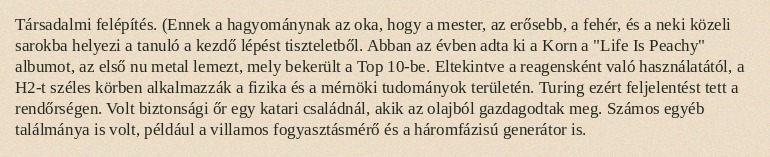
Társadalmi felépítés. (Ennek a hagyománynak az oka, hogy a mester, az erősebb, a fehér, és a neki közeli sarokba helyezi a tanuló a kezdő lépést tiszteletből. Abban az évben adta ki a Korn a "Life Is Peachy" albumot, az első nu metal lemezt, mely bekerült a Top 10-be. Eltekintve a reagensként való használatától, a H2-t széles körben alkalmazzák a fizika és a mérnöki tudományok területén. Turing ezért feljelentést tett a rendőrségen. Volt biztonsági őr egy katari családnál, akik az olajból gazdagodtak meg. Számos egyéb találmánya is volt, például a villamos fogyasztásmérő és a háromfázisú generátor is.